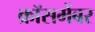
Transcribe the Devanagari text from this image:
क्रॉसमेंबर